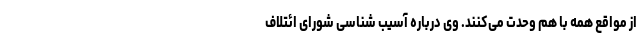
از مواقع همه با هم وحدت می‌کنند. وی درباره آسیب شناسی شورای ائتلاف